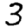
Digit: 3